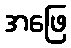
အဖြေ